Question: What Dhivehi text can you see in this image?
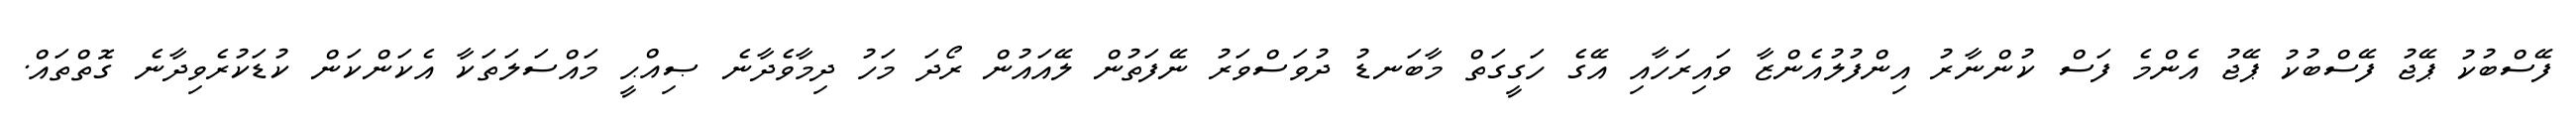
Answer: ފޭސްބުކު ޕޭޖު ފޭސްބުކު ޕޭޖު އެންމެ ފަސް ކުންނާރު އިންފުލުއެންޒާ ވައިރަހާއި އޭގެ ހަގީގަތް މާބަނޑު ދުވަސްވަރު ނޭފަތުން ލޭއައުން ރޯދަ މަހު ދިމާވެދާނެ ޞިއްޙީ މައްސަލަތަކާ އެކަންކަން ކުޑަކުރެވިދާނެ ގޮތްތައް.